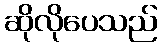
ဆိုလိုပေသည်